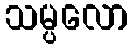
သမ္ပလော